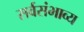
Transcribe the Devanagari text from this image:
सर्वसंभाव्य